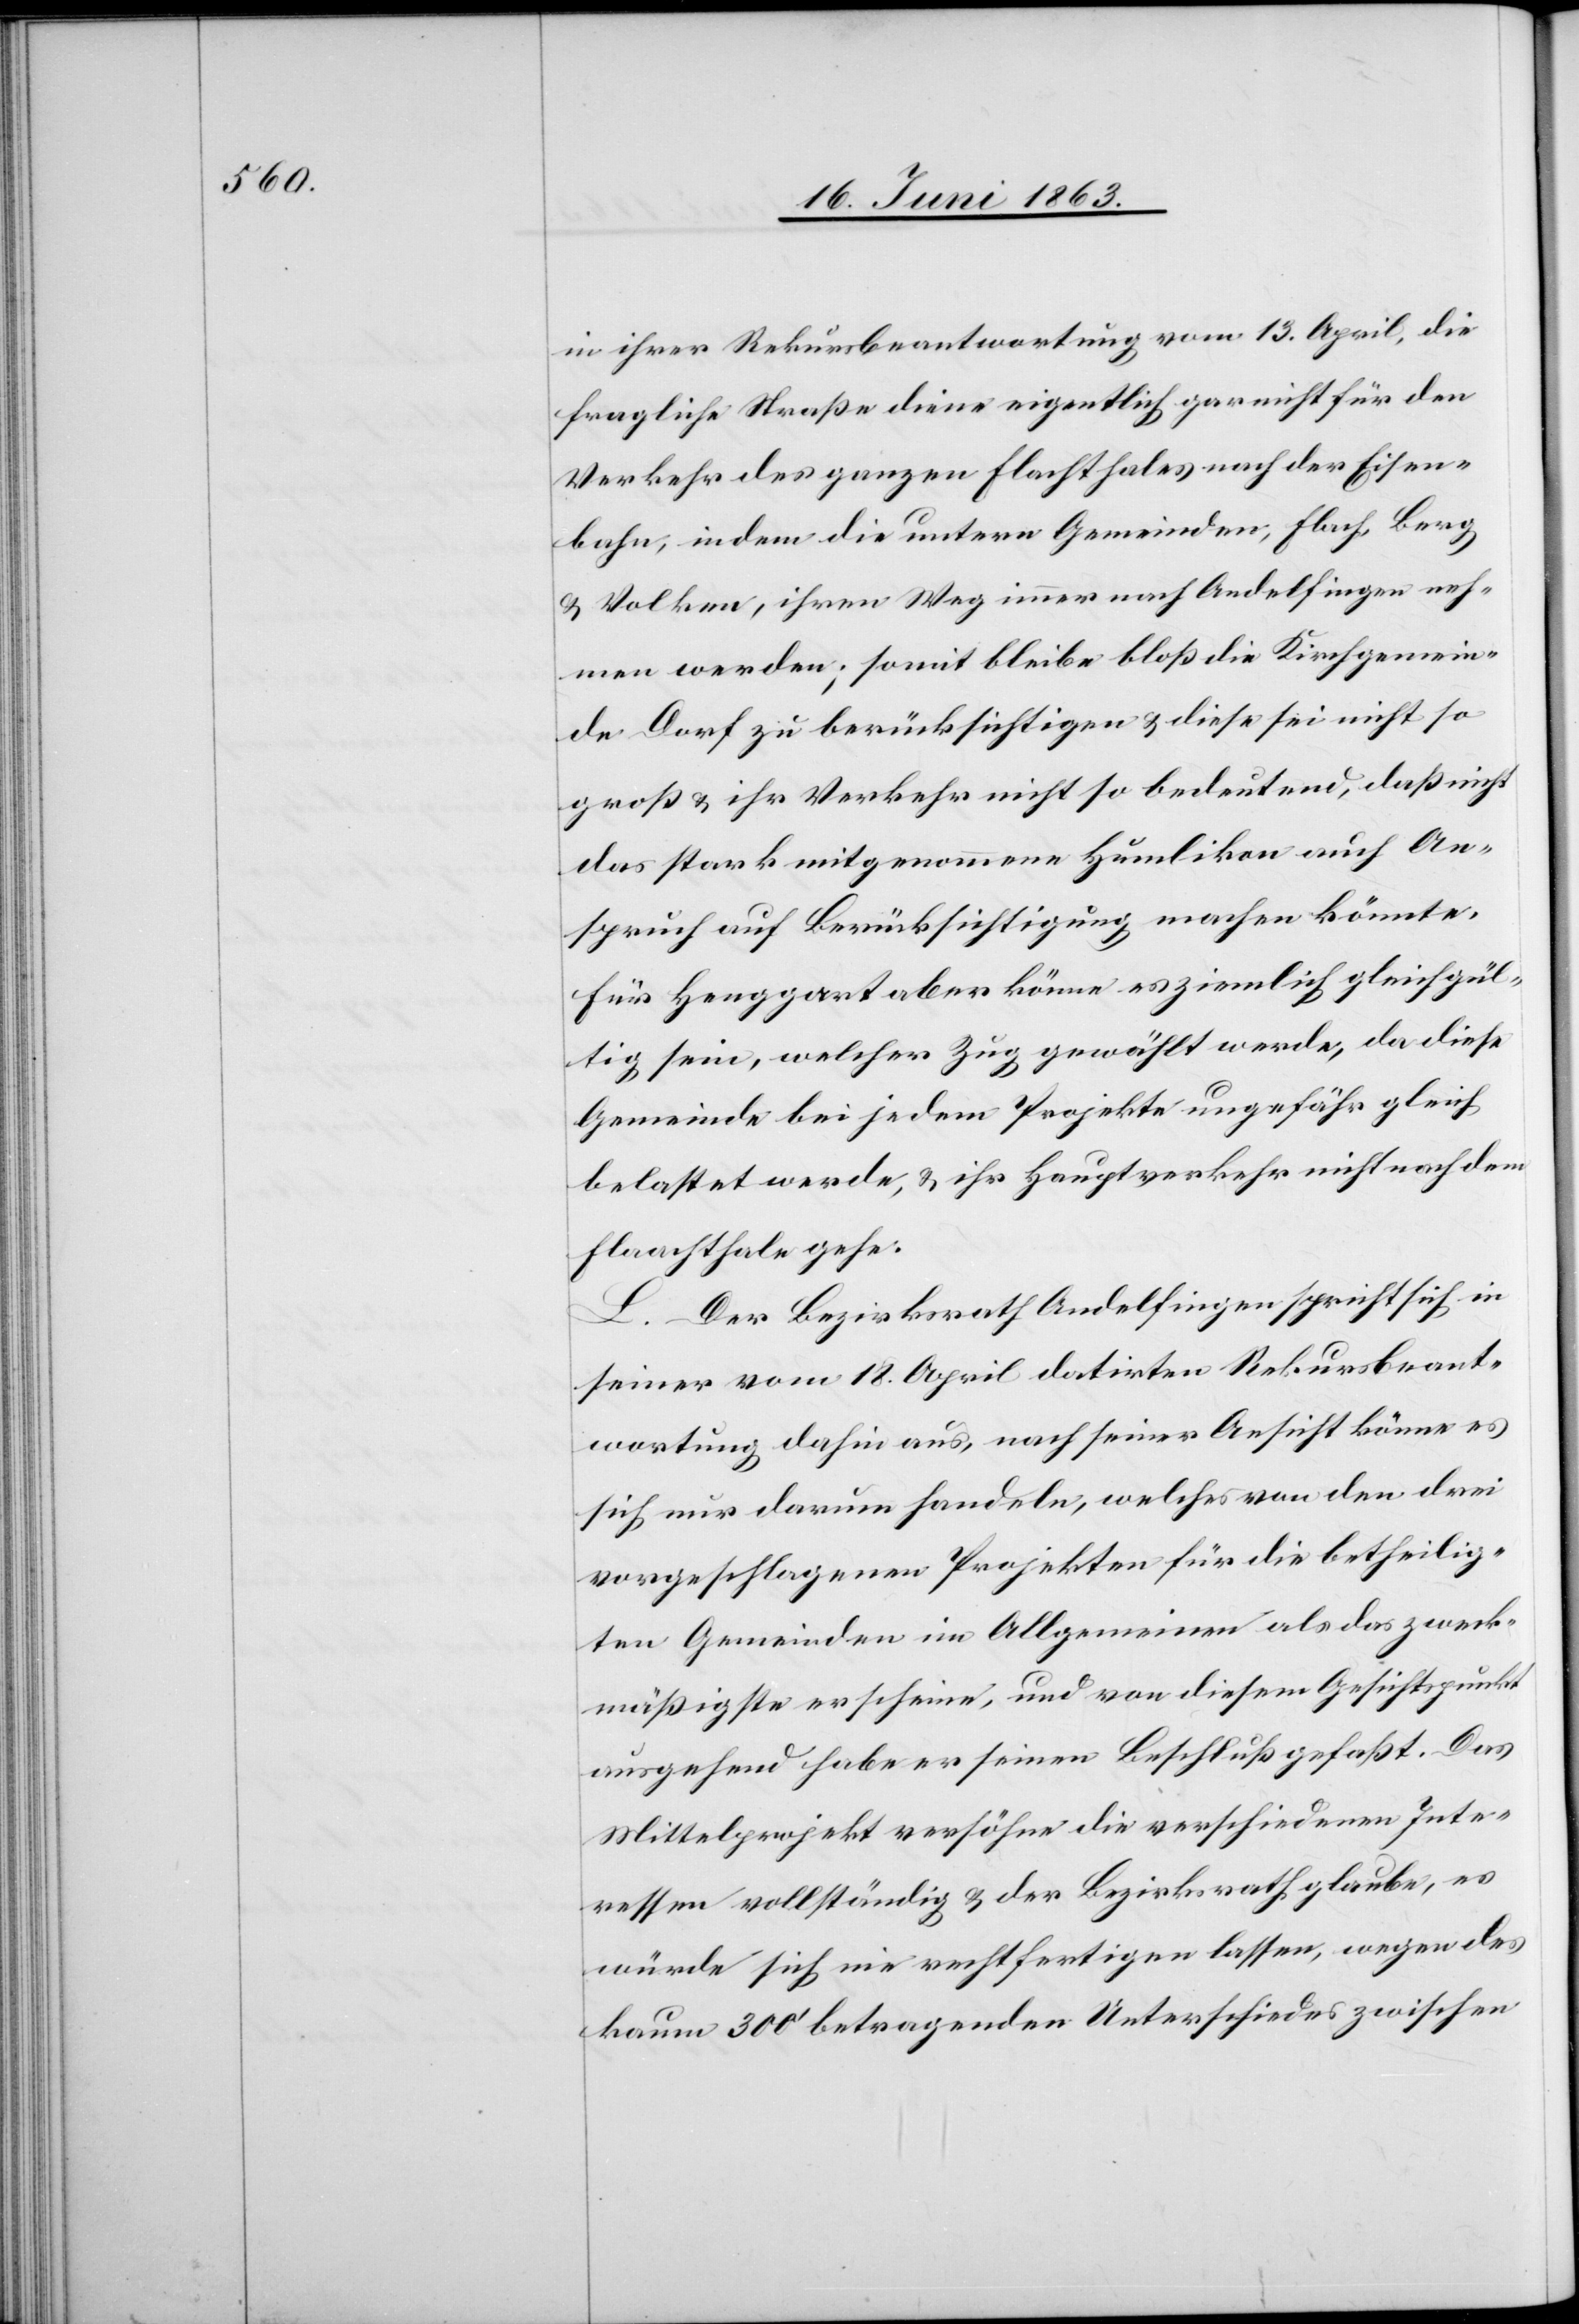
in ihrer Rekursbeantwortung vom 13. April, die
fragliche Straße diene eigentlich gar nicht für den
Verkehr des ganzen Flachthales [sic!] nach der Eisen¬
bahn, indem die untern Gemeinden, Flach, Berg
& Volken, ihren Weg immer nach Andelfingen neh¬
men werden; somit bleibe bloß die Kirchgemein¬
de Dorf zu berücksichtigen & diese sei nicht so
groß & ihr Verkehr nicht so bedeutend, daß nicht
das stark mitgenommene Humlikon auch An¬
spruch auf Berücksichtigung machen könnte.
Für Henggart aber könne es ziemlich gleichgül¬
tig sein, welcher Zug gewählt werde, da diese
Gemeinde bei jedem Projekte ungefähr gleich
belastet werde, & ihr Hauptverkehr nicht nach dem
Flaachthale gehe.
L. Der Bezirksrath Andelfingen spricht sich in
seiner vom 18. April datirten Rekursbeant¬
wortung dahin aus, nach seiner Ansicht könne es
sich nur darum handeln, welches von den drei
vorgeschlagenen Projekten für die betheilig¬
ten Gemeinden im Allgemeinen als das zweck¬
mäßigste erscheine, und von diesem Gesichtspunkt
ausgehend habe er seinen Beschluß gefaßt. Das
Mittelprojekt versöhne die verschiedenen Inte¬
ressen vollständig & der Bezirksrath glaube, es
würde sich nie rechtfertigen lassen, wegen des
kaum 300' betragenden Unterschiedes zwischen